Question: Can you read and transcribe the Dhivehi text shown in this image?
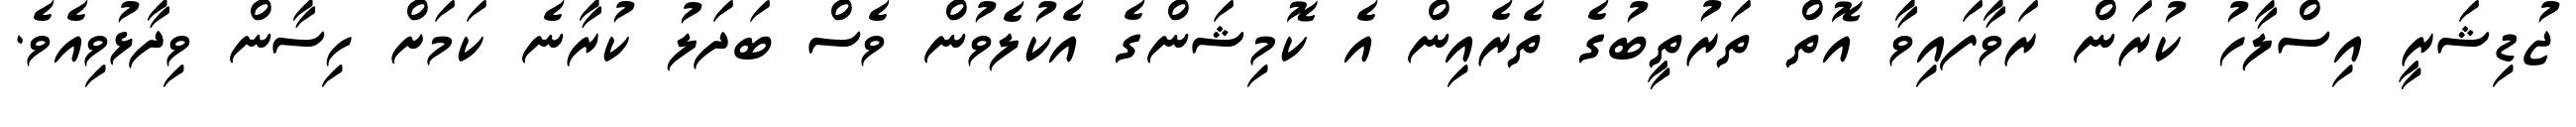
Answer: ޖުޑިޝަރީ އިސްލާހު ކުރަން ރަވާފައިވާ އޮތް ތަރުތީބުގެ ތެރެއިން އެ ކޮމިޝަންގެ އެކުލެވުން ވެސް ބަދަލު ކުރާނެ ކަމަށް ހިސާން ވިދާޅުވިއެވެ.